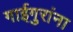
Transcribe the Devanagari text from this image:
गाईगुरांना